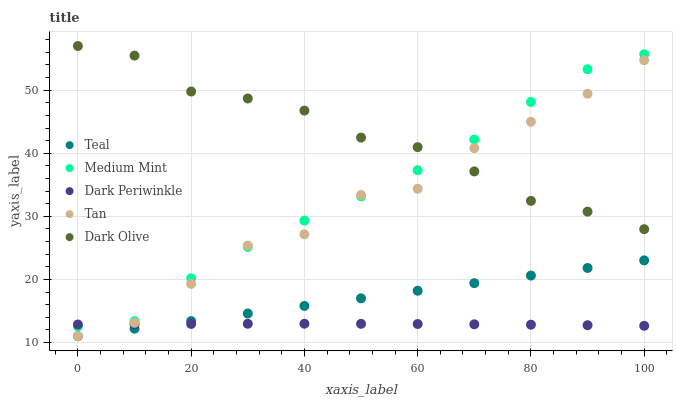
| xaxis_label | Teal | Medium Mint | Dark Periwinkle | Tan | Dark Olive |
 | --- | --- | --- | --- | --- | --- |
 | 0 | 11 | 12.5 | 12.9 | 11 | 57 |
 | 10 | 12.2 | 13.4 | 12.9 | 13.1 | 55.5 |
 | 20 | 13.4 | 20.2 | 13 | 19.3 | 49.8 |
 | 30 | 14.6 | 25.2 | 13 | 25.4 | 48.7 |
 | 40 | 15.8 | 29.3 | 13 | 27.2 | 46.8 |
 | 50 | 17 | 33.2 | 13 | 33.4 | 42.5 |
 | 60 | 18.2 | 37.3 | 12.9 | 34.4 | 41 |
 | 70 | 19.4 | 42.2 | 12.9 | 40.8 | 37.1 |
 | 80 | 20.6 | 48.1 | 12.8 | 45 | 32.5 |
 | 90 | 21.8 | 53.3 | 12.8 | 49.4 | 30.7 |
 | 100 | 23 | 55.7 | 12.7 | 54.7 | 28 |